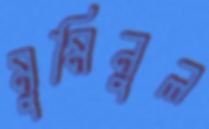
মুমিনুল